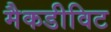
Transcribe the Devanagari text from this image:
मैकडीविट